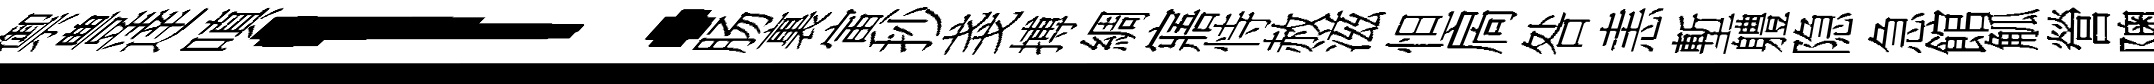
禦豊逹嗔！肠裏寅抄戔搏綢寤恃赦滋怛扄咎恚塹軆隐急館觚營隩